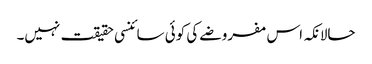
حالانکہ اس مفروضے کی کوئی سائنسی حقیقت نہیں۔